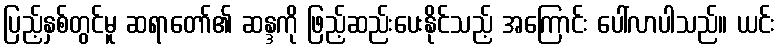
ပြည့်နှစ်တွင်မူ ဆရာတော်၏ ဆန္ဒကို ဖြည့်ဆည်းပေးနိုင်သည့် အကြောင်း ပေါ်လာပါသည်။ ယင်း